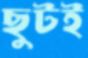
ছুটই